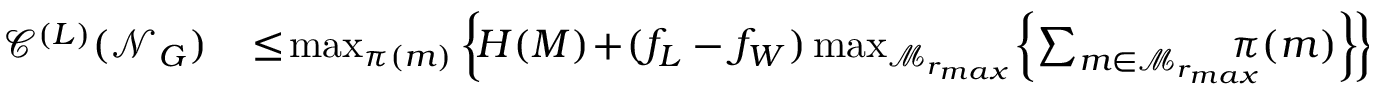
\begin{array} { r l } { \mathscr { C } ^ { ( L ) } ( \mathcal { N } _ { G } ) \! } & { { } \leq \! \operatorname* { m a x } _ { \pi ( m ) } \left\{ \! H ( M ) \! + \! ( f _ { L } - f _ { W } ) \operatorname* { m a x } _ { \mathcal { M } _ { r _ { m a x } } } \! \left\{ \sum _ { m \in \mathcal { M } _ { r _ { m a x } } } \! \! \! \! \! \! \pi ( m ) \right\} \! \right\} } \end{array}